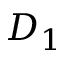
D _ { 1 }